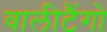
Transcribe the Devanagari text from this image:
वालीटैंगो